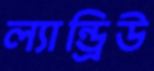
ল্যান্ড্রিউ